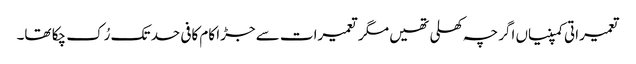
تعمیراتی کمپنیاں اگرچہ کھلی تھیں مگر تعمیرات سے جڑا کام کافی حد تک رُک چکا تھا۔